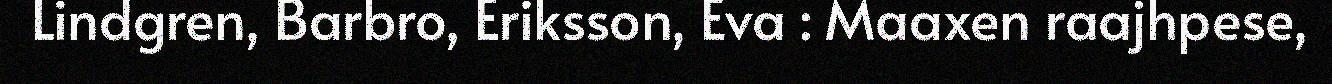
Lindgren, Barbro, Eriksson, Eva : Maaxen raajhpese,